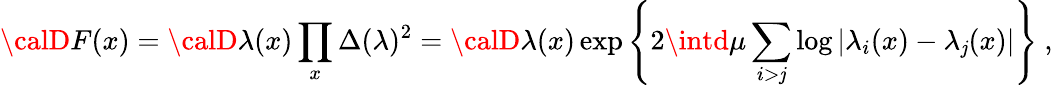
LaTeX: {\calD}F(x)={\calD}\lambda(x)\prod_{x}\Delta(\lambda)^{2}={\calD}\lambda(x)\exp\left\{ 2\intd\mu\sum_{i>\mathit{j}}\log|\lambda_{i}(x)-\lambda_{\mathit{j}}(x)|\right\} ~,